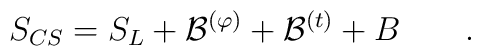
S_{CS}=S_L+ {\cal B}^{(\varphi)} + {\cal B}^{(t)} + B \qquad .